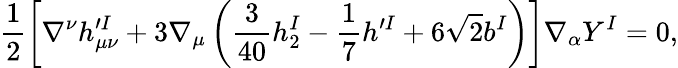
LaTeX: \frac{1}{2}\left[\nabla^{\nu}h_{\mu\nu}^{\prime I}+3\nabla_{\mu}\left(\frac{3}{40}h_{2}^{I}-\frac{1}{7}h^{\prime I}+6\sqrt{2}b^{I}\right)\right]\nabla_{\alpha}Y^{I}=0,